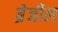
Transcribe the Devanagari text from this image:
ब्रेजील